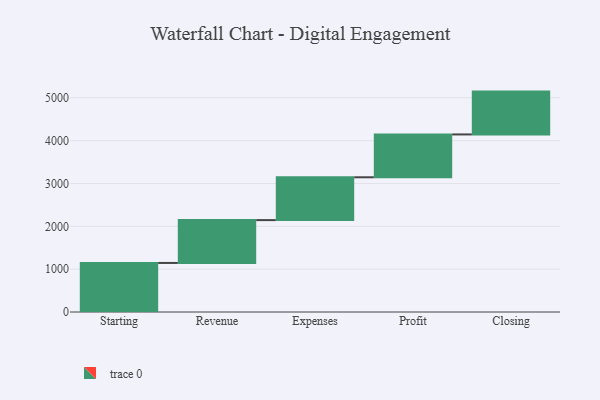
{"axis": {"x": "Step", "y": "Value"}, "legend": [""], "data": [{"x": "Starting", "y": 1145.0, "type": ""}, {"x": "Revenue", "y": 1000, "type": ""}, {"x": "Expenses", "y": 1000, "type": ""}, {"x": "Profit", "y": 1000, "type": ""}, {"x": "Closing", "y": 1000, "type": ""}]}